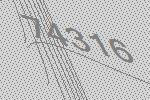
74316